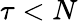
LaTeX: \tau<N